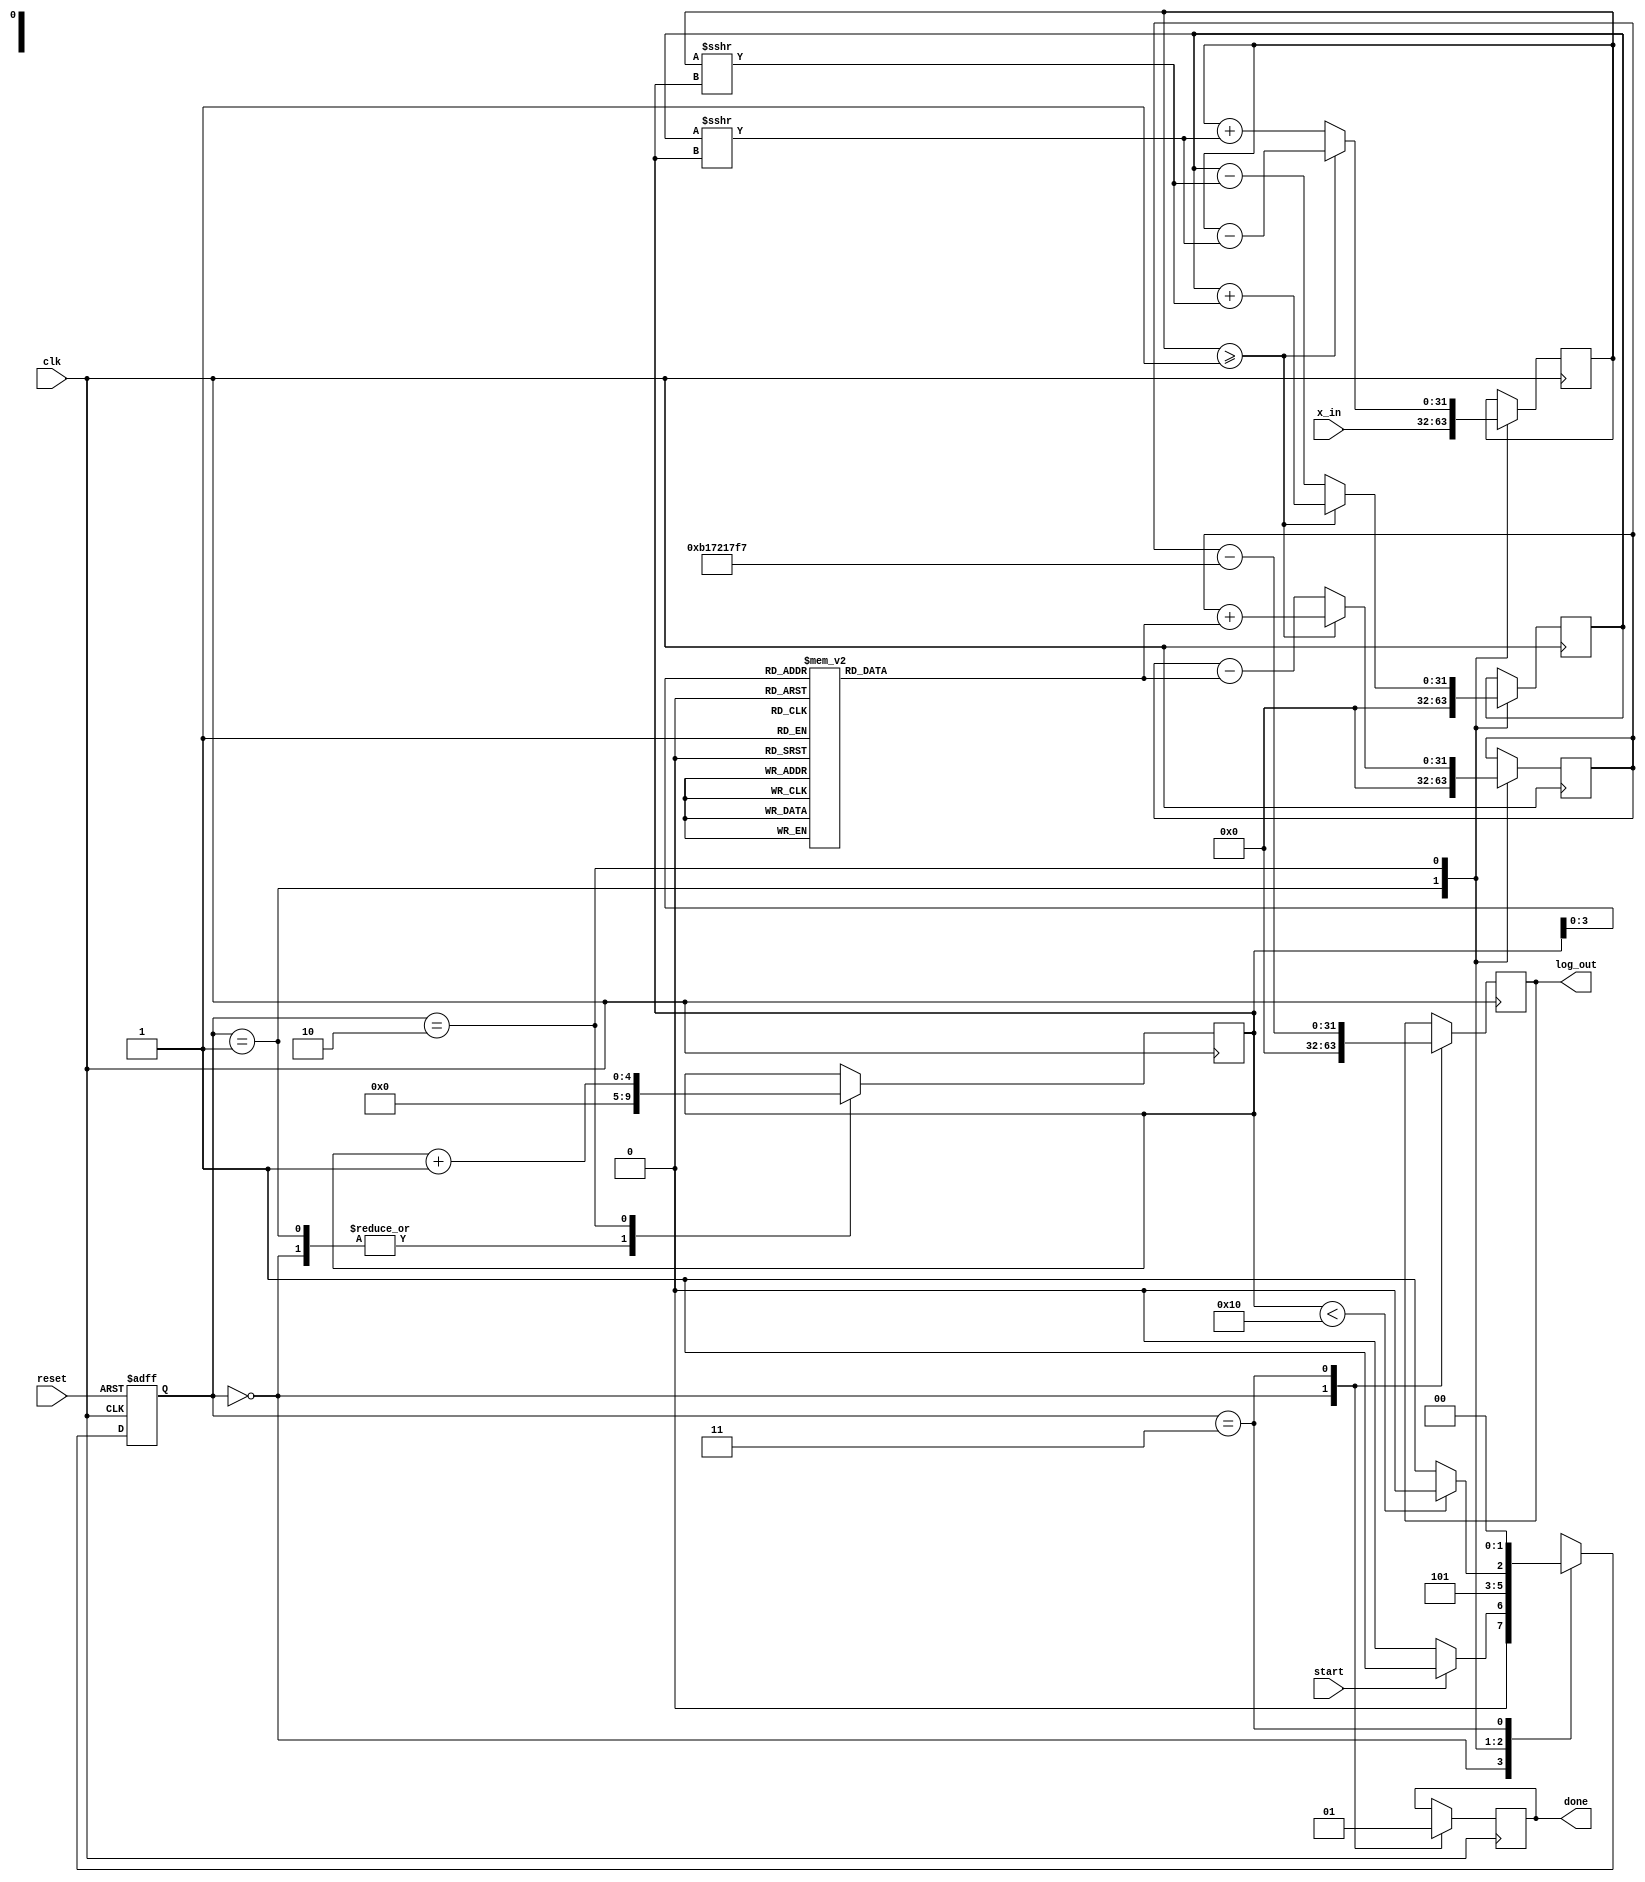
module cordic_log (
    input wire clk,
    input wire reset,
    input wire start,
    input wire [31:0] x_in, // Input: positive floating-point number
    output reg [31:0] log_out, // Output: computed logarithm
    output reg done // Indicates completion of the computation
);

    // Parameters
    parameter NUM_ITERATIONS = 16;
    parameter CORDIC_GAIN = 32'hB17217F7; // Approx. 0.6072529350088812561694 in fixed-point representation

    // CORDIC constants (arctangent values)
    reg [31:0] atan_table [0:NUM_ITERATIONS-1];

    // State encoding
    parameter IDLE = 2'b00, INIT = 2'b01, ITERATE = 2'b10, DONE = 2'b11;
    reg [1:0] state, next_state;

    // Internal registers
    reg [31:0] x_curr, y_curr, z_curr; // Current x, y, and angle (z)
    reg [4:0] iteration; // Iteration counter

    // Load arctangent values into the lookup table
    initial begin
        atan_table[0] = 32'h3F19999A; // atan(2^-0)
        atan_table[1] = 32'h3E2AAAAB; // atan(2^-1)
        atan_table[2] = 32'h3D555555; // atan(2^-2)
        atan_table[3] = 32'h3C8F5C29; // atan(2^-3)
        // ... continue filling in values for more iterations
        // atan_table[4] = ...
        // ...
        atan_table[15] = 32'h3A83126F; // atan(2^-15)
    end

    // State machine
    always @(posedge clk or posedge reset) begin
        if (reset) begin
            state <= IDLE;
        end else begin
            state <= next_state;
        end
    end

    // Next state logic
    always @(*) begin
        case (state)
            IDLE: begin
                if (start) next_state = INIT;
                else next_state = IDLE;
            end
            INIT: begin
                next_state = ITERATE;
            end
            ITERATE: begin
                if (iteration < NUM_ITERATIONS) next_state = ITERATE;
                else next_state = DONE;
            end
            DONE: begin
                next_state = IDLE;
            end
            default: next_state = IDLE;
        endcase
    end

    // CORDIC computation
    always @(posedge clk) begin
        case (state)
            IDLE: begin
                done <= 0;
                iteration <= 0;
                log_out <= 0;
            end
            INIT: begin
                // Initialize x and y for the first iteration
                x_curr <= x_in; // Input value
                y_curr <= 32'h00000000; // Initial y value is zero
                z_curr <= 32'h00000000; // Initial angle is zero
                iteration <= 0;
            end
            ITERATE: begin
                // Perform CORDIC iterations
                if (x_curr >= 32'h00000001) begin // Check if x > 1
                    x_curr <= x_curr - (y_curr >>> iteration); // Adjust x
                    y_curr <= y_curr + (x_curr >>> iteration); // Adjust y
                    z_curr <= z_curr + atan_table[iteration]; // Adjust angle
                end else begin
                    x_curr <= x_curr + (y_curr >>> iteration); // Adjust x
                    y_curr <= y_curr - (x_curr >>> iteration); // Adjust y
                    z_curr <= z_curr - atan_table[iteration]; // Adjust angle
                end
                iteration <= iteration + 1; // Increment iteration
            end
            DONE: begin
                // Final output
                log_out <= z_curr - CORDIC_GAIN; // Apply scaling factor
                done <= 1; // Indicate completion
            end
        endcase
    end

endmodule